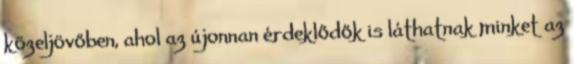
közeljövőben, ahol az újonnan érdeklődők is láthatnak minket az